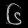
Digit: ၆